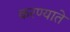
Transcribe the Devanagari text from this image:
करण्याते